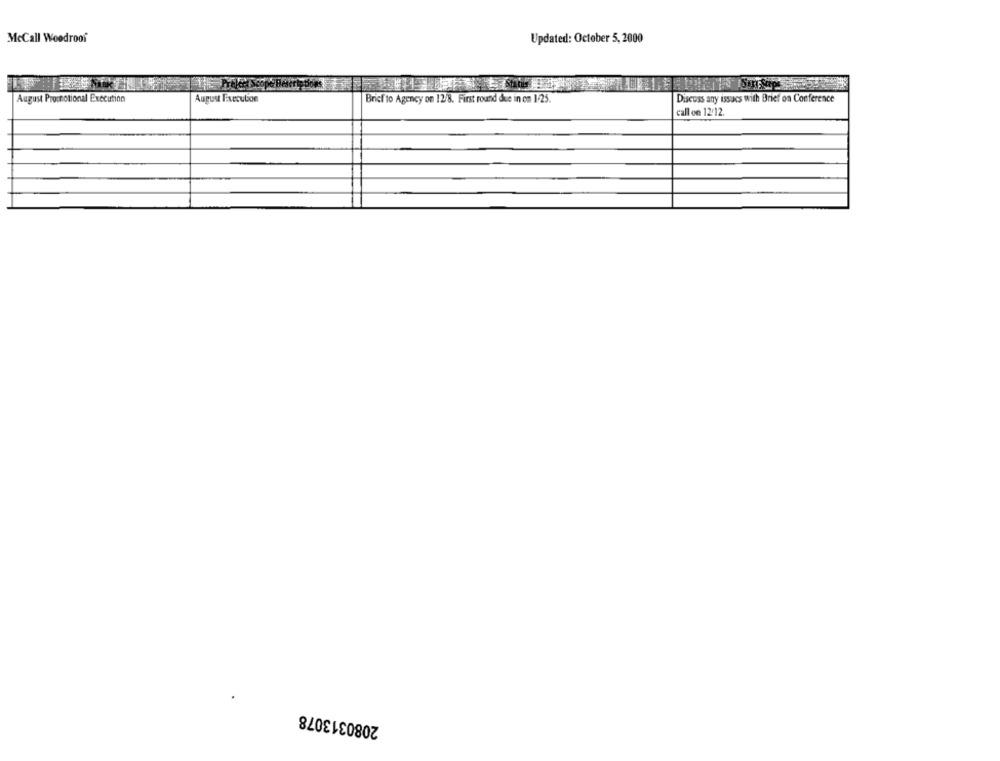
McCall Woodroof
Updated: October 5, 2000
Sta
August Promotional Execution
August Frecution
Brief to Agency on 12/8. First round due in on 1-25.
Discuss any issues with Brief on Conference
call on 12:12.
2080313078